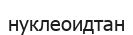
нуклеоидтан